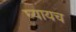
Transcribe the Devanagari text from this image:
घ्यायच